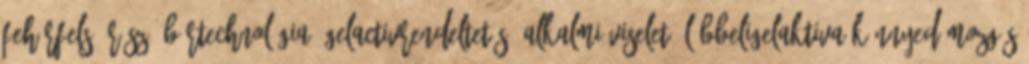
FehérFelső rész: BőrTechnológia: GelactivRendeltetés: Alkalmi viseletű lábbeliGelaktivA könnyed mozgás